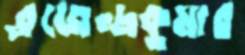
ব্রজেন্দ্রকুমার